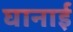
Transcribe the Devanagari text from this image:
घानाई